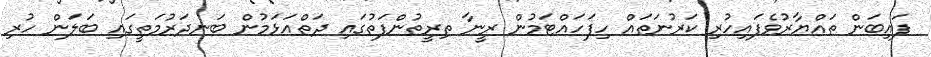
ފައިބަން ތައްޔާރުވެފައިހުރި ކަރުނަތައް ހިފަހައްޓަމުން ރީނާ ތިރީތުންފަތުގައި ދަތްއަޅަމުން ބަނދަރުމަތީގައި ބަލަން ހުރި